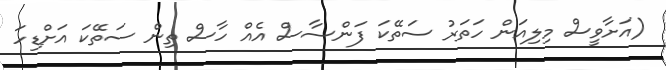
(އަށާވީސް މިލިއަން ހަތަރު ސަތޭކަ ފަންސާސް އެއް ހާސް ތިން ސަތޭކަ އަށްޑިހަ